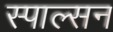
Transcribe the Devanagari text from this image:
स्पाल्सन